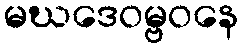
မဃဒေဝမ္ဗဝနေ